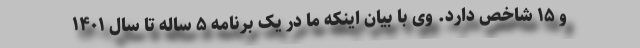
و ۱۵ شاخص دارد. وی با بیان اینکه ما در یک برنامه ۵ ساله تا سال ۱۴۰۱